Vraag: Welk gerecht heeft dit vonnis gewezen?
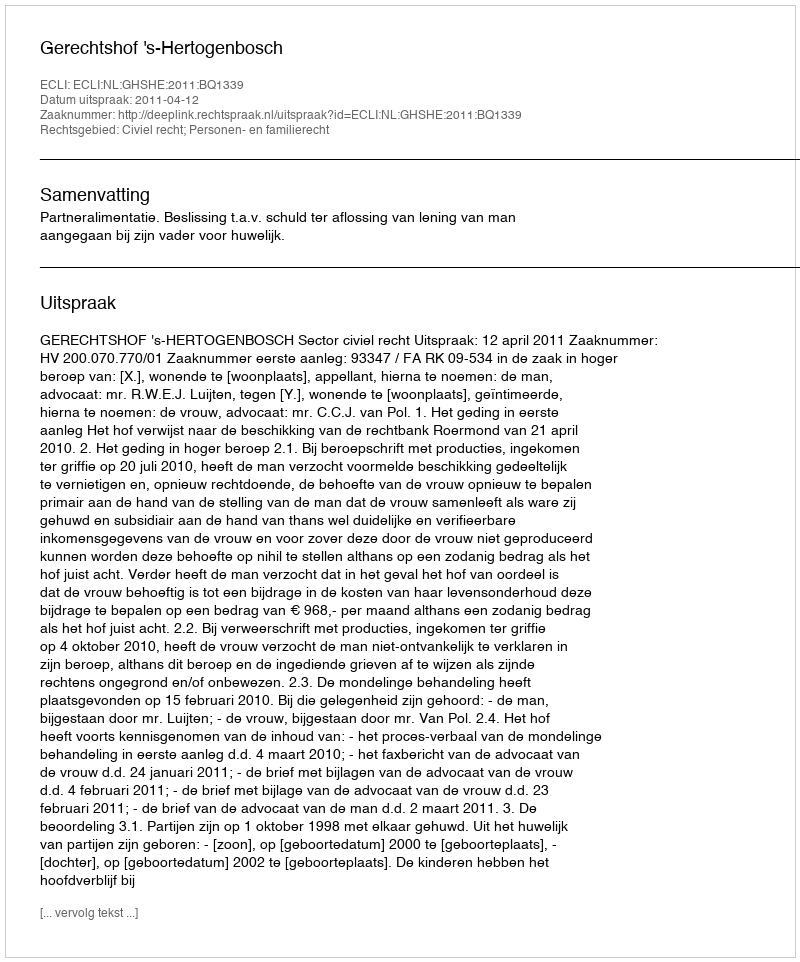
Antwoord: Gerechtshof 's-Hertogenbosch